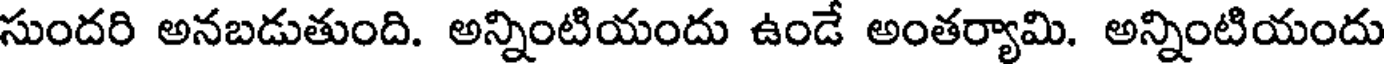
సుందరి అనబడుతుంది. అన్నింటియందు ఉండే అంతర్యామి. అన్నింటియందు